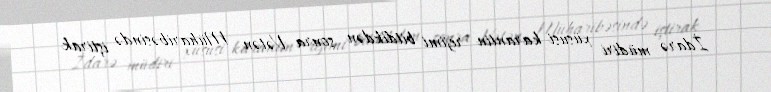
İdarə müdiri xüsusi karantin rejimi bitdikdən sonra Vətən Müharibəsində iştirak